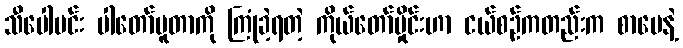
သီပေါမင်း ပါတော်မူတာကို ကြုံခဲ့ရတဲ့ ကိုယ်တော်မှိုင်းဟာ ငယ်စဉ်ကတည်းက စာပေနဲ့